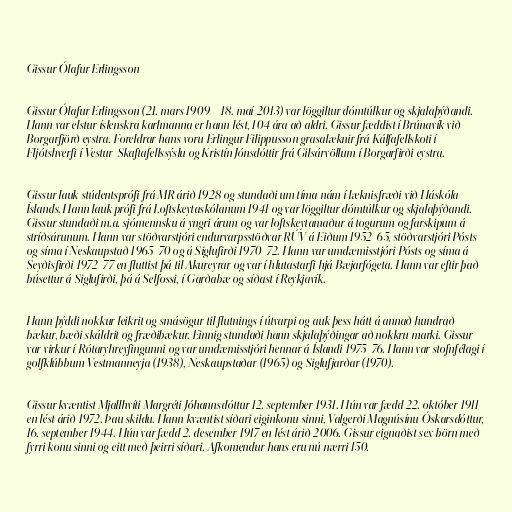
Gissur Ólafur Erlingsson

Gissur Ólafur Erlingsson (21. mars 1909 – 18. maí 2013) var löggiltur dómtúlkur og skjalaþýðandi.
Hann var elstur íslenskra karlmanna er hann lést, 104 ára að aldri. Gissur fæddist í Brúnavík við
Borgarfjörð eystra. Foreldrar hans voru Erlingur Filippusson grasalæknir frá Kálfafellskoti í
Fljótshverfi í Vestur-Skaftafellssýslu og Kristín Jónsdóttir frá Gilsárvöllum í Borgarfirði eystra.

Gissur lauk stúdentsprófi frá MR árið 1928 og stundaði um tíma nám í læknisfræði við Háskóla
Íslands. Hann lauk prófi frá Loftskeytaskólanum 1941 og var löggiltur dómtúlkur og skjalaþýðandi.
Gissur stundaði m.a. sjómennsku á yngri árum og var loftskeytamaður á togurum og farskipum á
stríðsárunum. Hann var stöðvarstjóri endurvarpsstöðvar RÚV á Eiðum 1952-65, stöðvarstjóri Pósts
og síma í Neskaupstað 1965-70 og á Siglufirði 1970-72. Hann var umdæmisstjóri Pósts og síma á
Seyðisfirði 1972-77 en fluttist þá til Akureyrar og var í hlutastarfi hjá Bæjarfógeta. Hann var eftir það
búsettur á Siglufirði, þá á Selfossi, í Garðabæ og síðast í Reykjavík.

Hann þýddi nokkur leikrit og smásögur til flutnings í útvarpi og auk þess hátt á annað hundrað
bækur, bæði skáldrit og fræðibækur. Einnig stundaði hann skjalaþýðingar að nokkru marki. Gissur
var virkur í Rótaryhreyfingunni og var umdæmisstjóri hennar á Íslandi 1975-76. Hann var stofnfélagi í
golfklúbbum Vestmanneyja (1938), Neskaupstaðar (1965) og Siglufjarðar (1970).

Gissur kvæntist Mjallhvíti Margréti Jóhannsdóttur 12. september 1931. Hún var fædd 22. október 1911
en lést árið 1972. Þau skildu. Hann kvæntist síðari eiginkonu sinni, Valgerði Magnúsínu Óskarsdóttur,
16. september 1944. Hún var fædd 2. desember 1917 en lést árið 2006. Gissur eignaðist sex börn með
fyrri konu sinni og eitt með þeirri síðari. Afkomendur hans eru nú nærri 150.